Lunatic asylums Central Provinces reports 1895-1909 - 1895-1909
Year: 1895
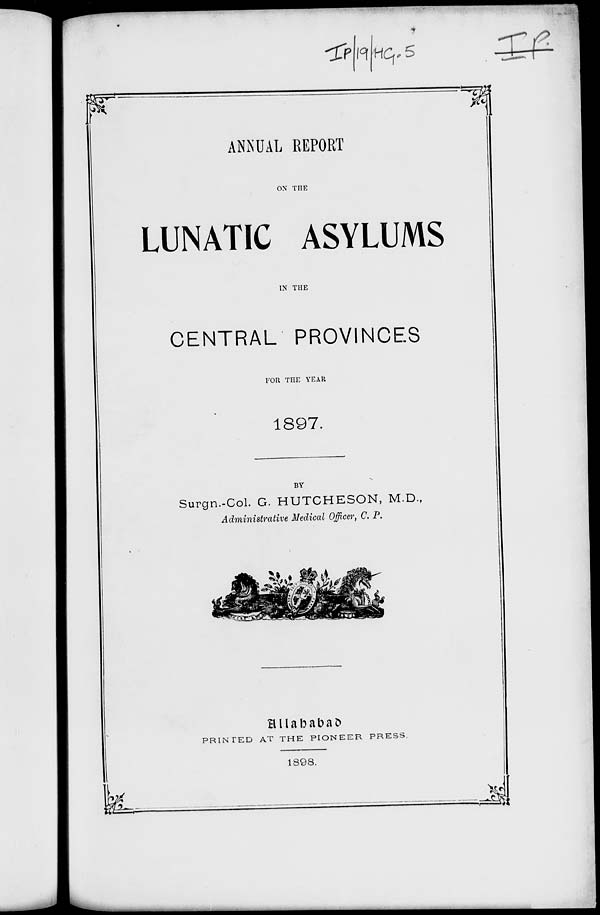
ANNUAL REPORT
ON THE
LUNATIC ASYLUMS
IN THE
CENTRAL PROVINCES
FOR THE YEAR
1897.
BY
Surgn.-Col. G. HUTCHESON, M.D.,
Administrative Medical Officer, C. P.
Allababad
PRINTED AT THE PIONEER PRESS.
1898.